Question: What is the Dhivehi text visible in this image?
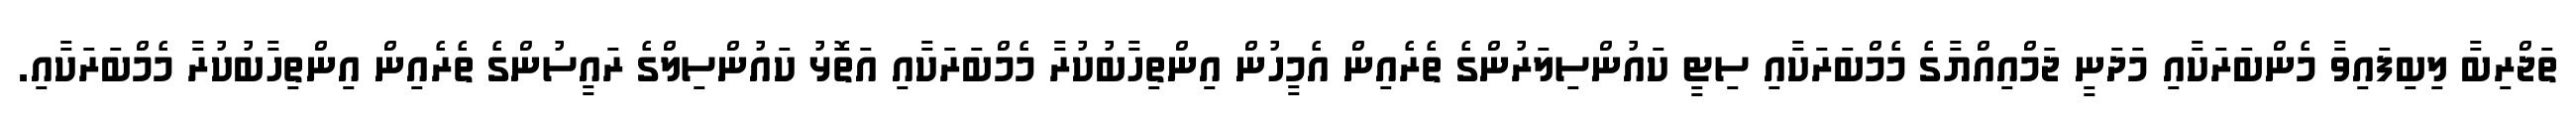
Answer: ތަޖްރިބާ ލިބިފައިވާ މެންބަރަކާއި މަދަނީ ޖަމްއިއްޔާގެ މެމްބަރަކާއި ސިޓީ ކައުންސިލަރުންގެ ތެރެއިން އެމީހުން އިންތިހާބުކުރާ މެމްބަރަކާއި އަތޮޅު ކައުންސިލްގެ ރައީސުންގެ ތެރެއިން އިންތިހާބުކުރާ މެމްބަރަކާއި.